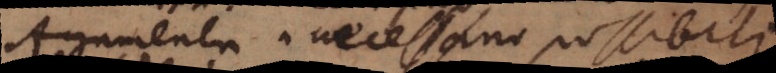
Argumenta a necessario, possibili,